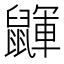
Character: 鼲